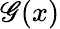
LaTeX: \mathscr{G}(x)